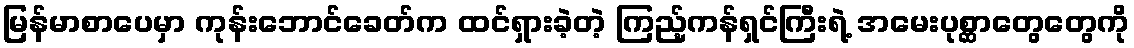
မြန်မာစာပေမှာ ကုန်းဘောင်ခေတ်က ထင်ရှားခဲ့တဲ့ ကြည့်ကန်ရှင်ကြီးရဲ့ အမေးပုစ္ဆာတွေတွေကို